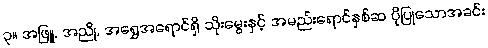
၃။ အဖြူ, အညို, အရွှေအရောင်ရှိ သိုးမွေးနှင့် အမည်းရောင်နှစ်ဆ ပိုပြုသောအခင်း